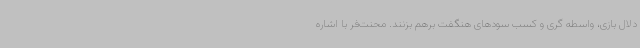
دلال بازی، واسطه گری و کسب سودهای هنگفت برهم بزنند. محنت‌فر با اشاره